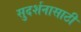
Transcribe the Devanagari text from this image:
सुदर्शनासाठी